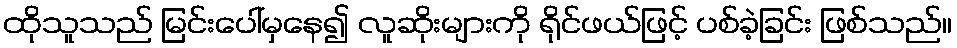
ထိုသူသည် မြင်းပေါ်မှနေ၍ လူဆိုးများကို ရိုင်ဖယ်ဖြင့် ပစ်ခဲ့ခြင်း ဖြစ်သည်။